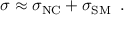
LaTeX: \sigma \approx \sigma _ { \mathrm { N C } } + \sigma _ { \mathrm { S M } } \, \, \, .